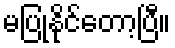
မပြုနိုင်တော့ပြီ။